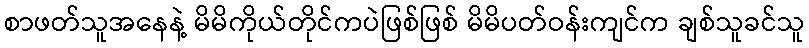
စာဖတ်သူအနေနဲ့ မိမိကိုယ်တိုင်ကပဲဖြစ်ဖြစ် မိမိပတ်ဝန်းကျင်က ချစ်သူခင်သူ